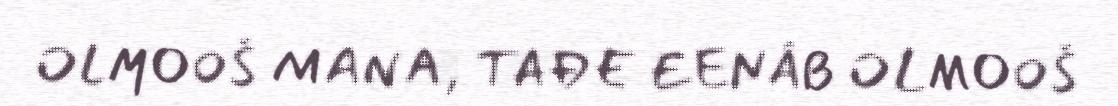
OLMOOŠ MANA, TAĐE EENÂB OLMOOŠ